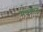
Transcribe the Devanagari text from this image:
मधकाल